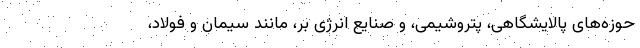
حوزه‌های پالایشگاهی، پتروشیمی، و صنایع انرژی بر، مانند سیمان و فولاد،